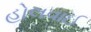
હોલવાઈ